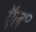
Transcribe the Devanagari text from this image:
ऍल॰